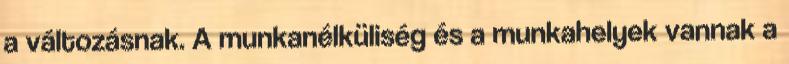
a változásnak. A munkanélküliség és a munkahelyek vannak a